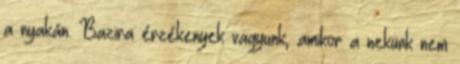
a nyakán. Bazira érzékenyek vagyunk, amikor a nekünk nem